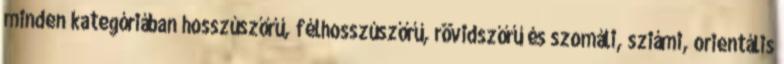
minden kategóriában hosszúszőrű, félhosszúszőrű, rövidszőrű és szomáli, sziámi, orientális